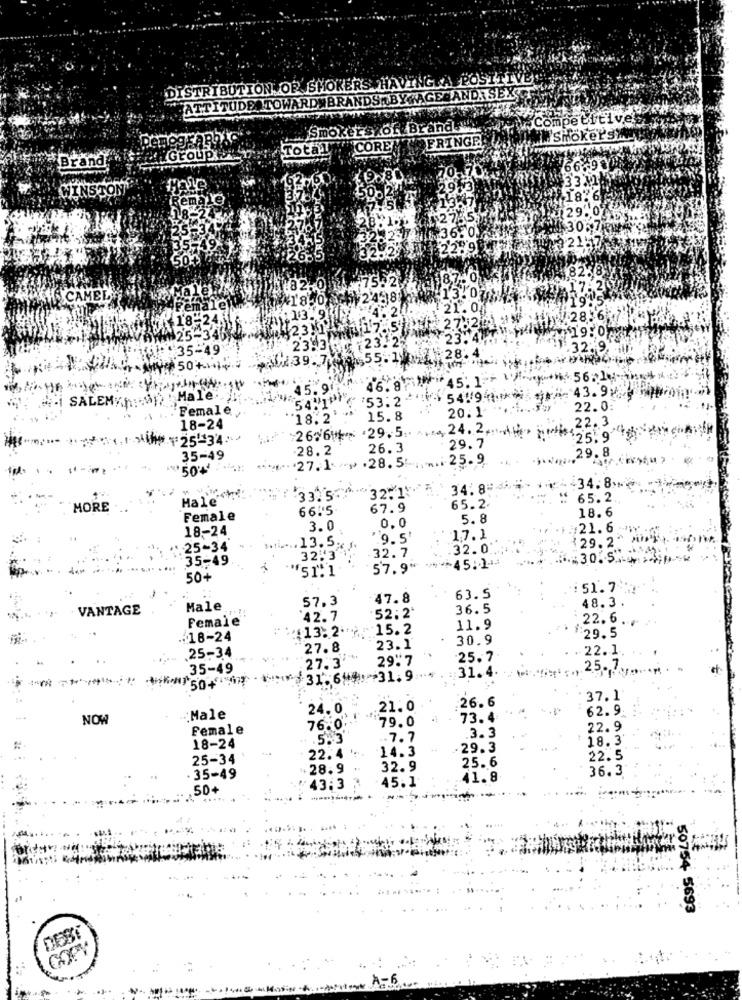
DISTRIBUTION OR SMOKERS HAVING A POSITIVE
ATTITUDE TOWARDWBRANDS BY AGEMAND.SEXY
Competitive
Smokersxof Brands".
FRINGE
MM Shokerswy
Total
CORE
Groupe
Brand
66.98
33 M
WINSTON
female
136
30%Z
13 2
147
£22:9
8238
CAMEL
Female!
418:
23.2
23.
:35-49
23.3
2.9.
AW39.7
28.4
50 +)
45.1
¥56;1-
45.9
46.8
43.9¥
SALEM
Male
53.2
54 /94 **
Female
20.1
22.0:
18.2
15.8
22.3
18-24
2616 29.5.
24.2 .....
¥25-34
29. 7
$$25.9
28.2
26.3
29.8
35-49
"> .28. 5!
25.9
27.1.
+34.8M
34.8
Hale
33. 50
65.2
MORE
66. 5
67.9
65.2.
18. 6
Female
5.8
18-24
3.0
0.0
21.
"9.5'
17.1
29.
.25-34
L .... 13.5%
32.0
35-49
32.3
32.7
30.5 ..
57.9 **
50+
:51.7
57.3
47.8
63.5
48.3
VANTAGE
Male
36.5
Female
42.7
52:2
22.6
:13:2 ***
15.2
11.9
:18-24
30.9
29.5
25-34
27.8
23.1
22.1
29:7
25.7
.35-49
27.3'
25.7
250+
31.6 . 31.9
31.4:
.26.6
37.1
24.0
21.0
62.9.
NOW
:Male
'79.0
73.4
Female
76.0
3.3
22.9
.5. 3
7.7
18.3'
18-24
14.3
29.3
25-34
22.4
25.6
22.5
.28.9
32.9
36.3
35-49
45.1
41.8
.50+
43.3
50754 5693
DEBI
A-6